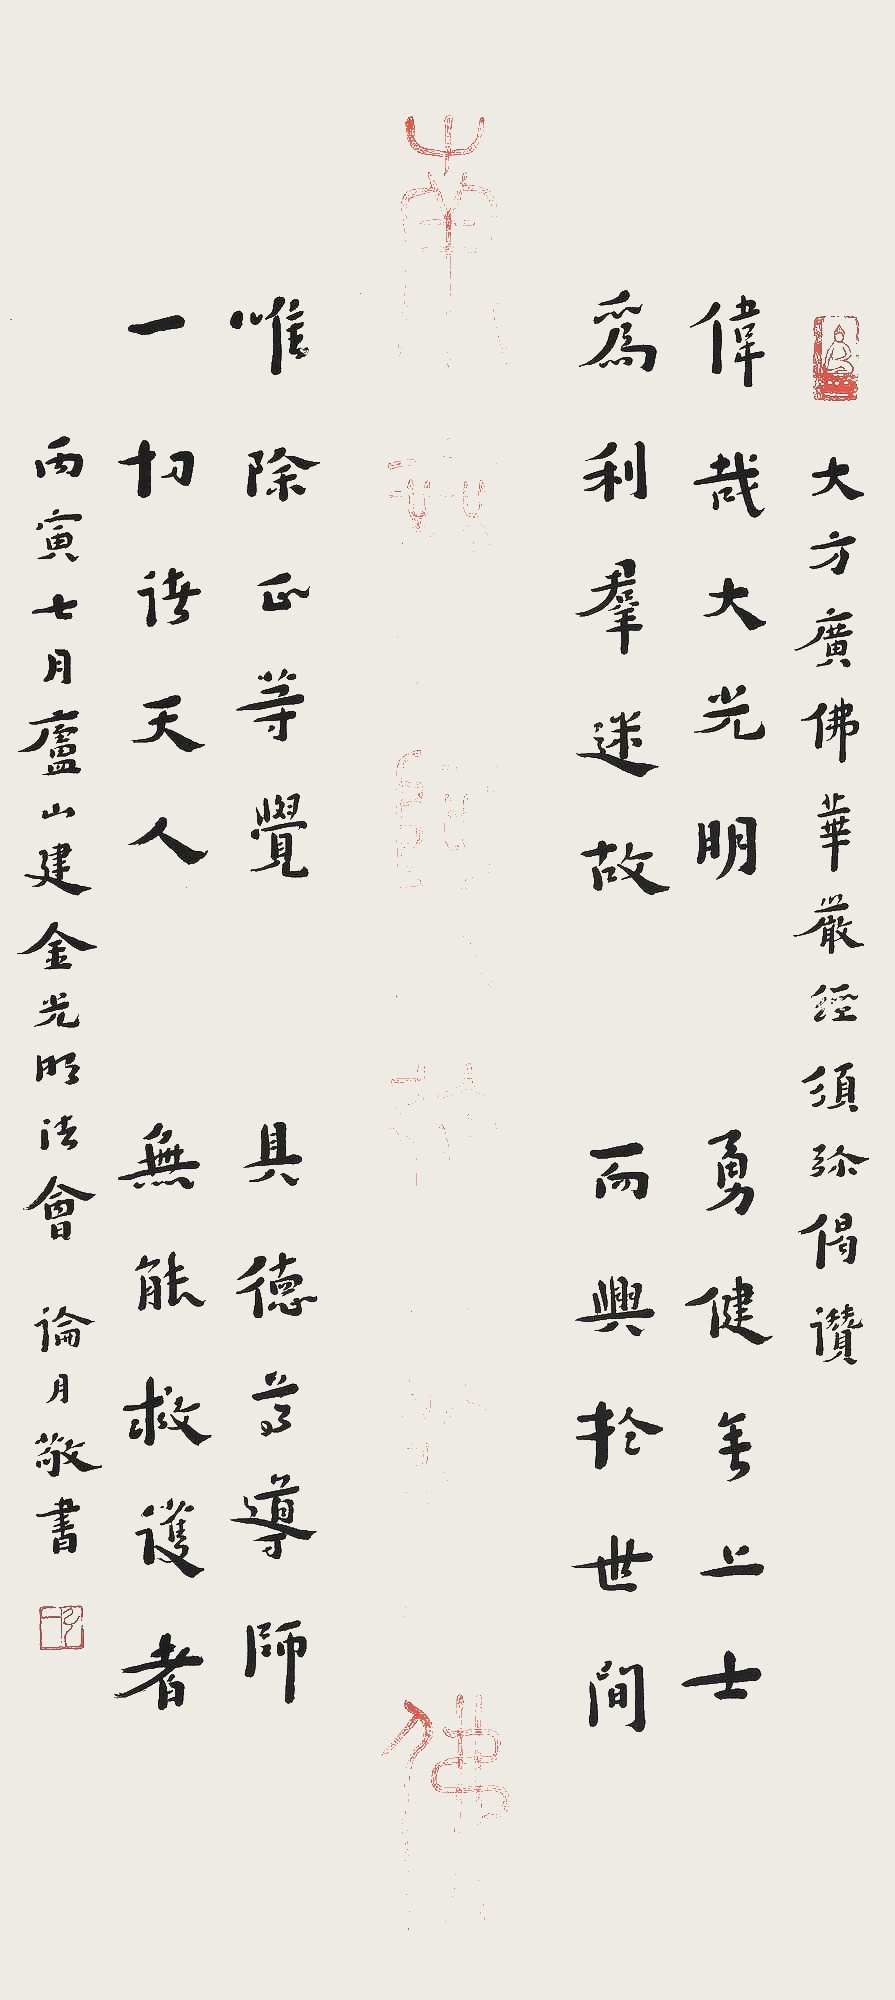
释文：南无阿弥陀佛。伟哉大光明，勇健无上士。为利群迷故，而兴于世间。唯除正等觉，具德尊导师。一切诸天人，无能救护者。大方广佛华严经须弥偈赞，丙寅七月庐山建金光明法会，论文敬书。